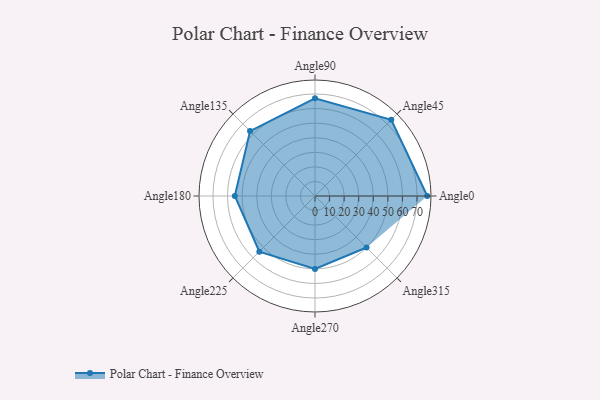
{"axis": {"x": "Angle", "y": "Radius"}, "legend": [""], "data": [{"x": "Angle0", "y": 77.0, "type": ""}, {"x": "Angle45", "y": 74.0, "type": ""}, {"x": "Angle90", "y": 67.0, "type": ""}, {"x": "Angle135", "y": 63.0, "type": ""}, {"x": "Angle180", "y": 55.0, "type": ""}, {"x": "Angle225", "y": 54.0, "type": ""}, {"x": "Angle270", "y": 50.0, "type": ""}, {"x": "Angle315", "y": 50, "type": ""}]}